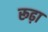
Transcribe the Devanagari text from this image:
रूढ़ा